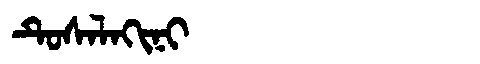
Manchu: ᡨᡠᠰᠠᠯᠠᡴᡳᠨᡳ
Romanization: TUSALAKINI